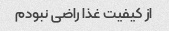
از کیفیت غذا راضی نبودم